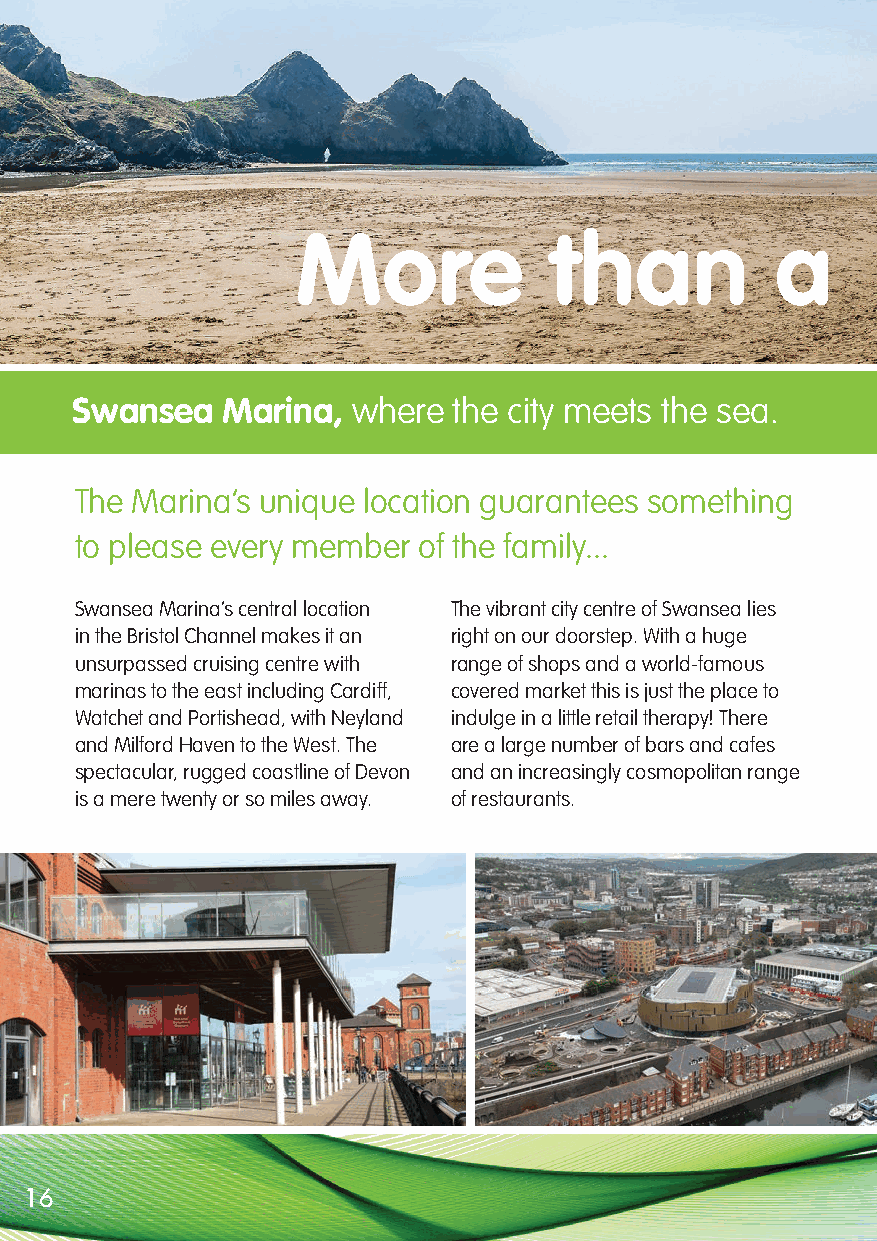
More            than           a
 Swansea   Marina, where  the city meets the sea.
 The Marina’s unique location guarantees something
 to please every member of the family...
 Swansea Marina’s central location The vibrant city centre of Swansea lies
 in the Bristol Channel makes it an right on our doorstep. With a huge
 unsurpassed cruising centre with range of shops and a world-famous
 marinas to the east including Cardiff, covered market this is just the place to
 Watchet and Portishead, with Neyland indulge in a little retail therapy! There
 and Milford Haven to the West. The are a large number of bars and cafes
 spectacular, rugged coastline of Devon and an increasingly cosmopolitan range
 is a mere twenty or so miles away. of restaurants.
 16